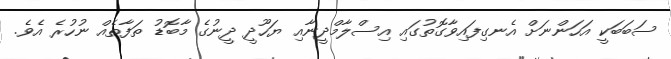
ސަބަބަކީ އަހަންނަށް އެނގިފައިވާގޮތުގައި އިސްލާމްދީނާއި ޔަހޫދީ ދީނުގެ މާބޮޑު ތަފާތެއް ނުހުރެ އެވެ.